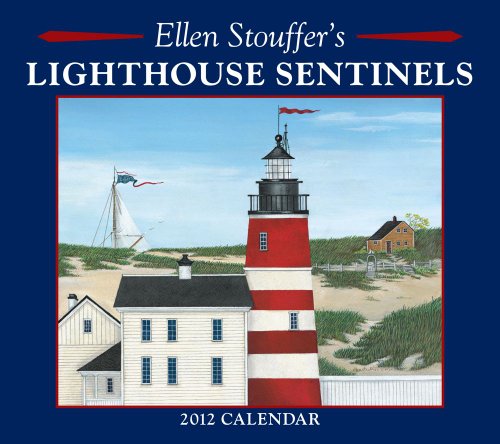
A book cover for Ellen Stouffer's Lighthouse Sentinels: 2012 Wall Calendar; Ellen Stouffer; Calendars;